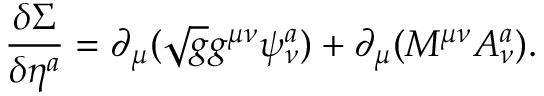
\frac { \delta \Sigma } { \delta \eta ^ { a } } = \partial _ { \mu } ( \sqrt { g } g ^ { \mu \nu } \psi _ { \nu } ^ { a } ) + \partial _ { \mu } ( M ^ { \mu \nu } A _ { \nu } ^ { a } ) .